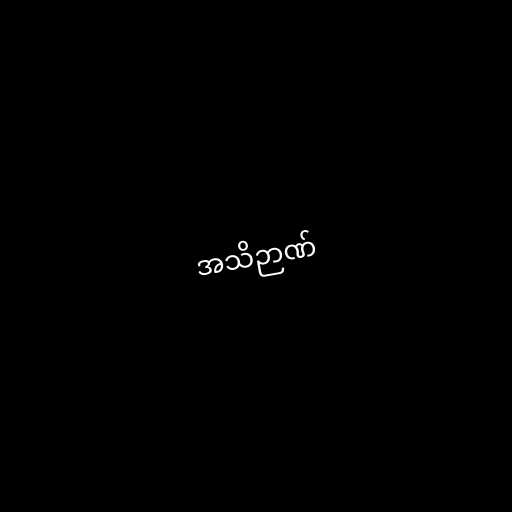
အသိဉာဏ်